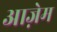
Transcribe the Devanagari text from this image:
आज़ेम